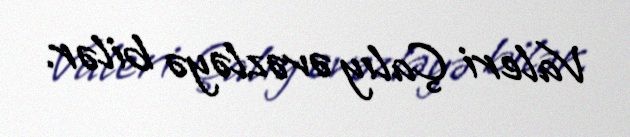
Valeri Çalıy əvəzləyə bilər.